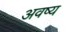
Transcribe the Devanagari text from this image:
अवष्य